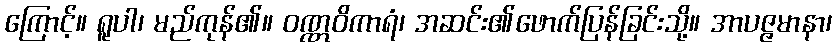
ကြောင့်။ ရူပါ၊ မည်ကုန်၏။ ဝဏ္ဏဝိကာရံ၊ အဆင်း၏ဖောက်ပြန်ခြင်းသို့။ အာပဇ္ဇမာနာ၊